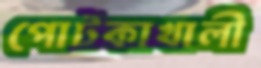
পোটকাখালী